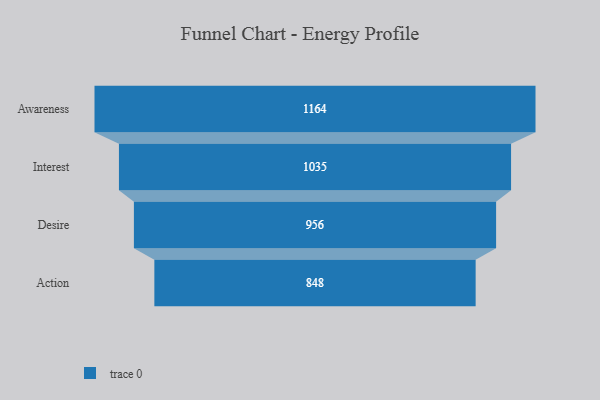
{"axis": {"x": "Stage", "y": "Value"}, "legend": [""], "data": [{"x": "Awareness", "y": 1164.0, "type": ""}, {"x": "Interest", "y": 1035.0, "type": ""}, {"x": "Desire", "y": 956.0, "type": ""}, {"x": "Action", "y": 848.0, "type": ""}]}